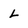
Character: L